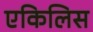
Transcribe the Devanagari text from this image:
एकिलिस